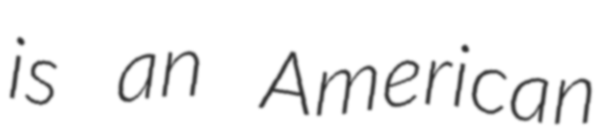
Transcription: is an American